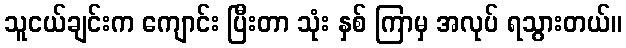
သူငယ်ချင်းက ကျောင်း ပြီးတာ သုံး နှစ် ကြာမှ အလုပ် ရသွားတယ်။